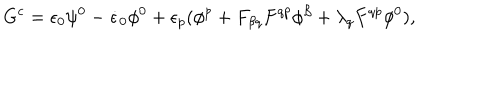
G ^ { c } = \epsilon _ { 0 } \psi ^ { 0 } - { \dot { \epsilon } _ { 0 } } \phi ^ { 0 } + \epsilon _ { p } ( \phi ^ { p } + F _ { \beta q } F ^ { q p } \phi ^ { \beta } + \lambda _ { q } F ^ { q p } \phi ^ { 0 } ) ,